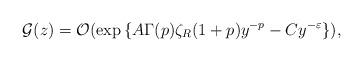
LaTeX: \begin{align*}{\cal G}(z)={\cal O}(\exp{\{A\Gamma(p)\zeta_R (1+p)y^{-p}-Cy^{-\varepsilon}\}})\mbox{,}\end{align*}